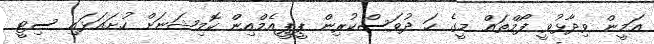
އަމީން ވިދާޅުވީ ފޯމްތައް މީގެ ހަ ދުވަސްކުރިން ޕީޕީއެމްއިން ކޮމިޝަނަށް ހުށައަޅައި ސިޓީ